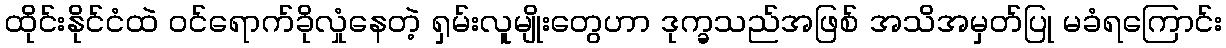
ထိုင်းနိုင်ငံထဲ ဝင်ရောက်ခိုလှုံနေတဲ့ ရှမ်းလူမျိုးတွေဟာ ဒုက္ခသည်အဖြစ် အသိအမှတ်ပြု မခံရကြောင်း